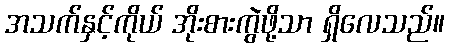
အသက်နှင့်ကိုယ် အိုးစားကွဲဖို့သာ ရှိလေသည်။